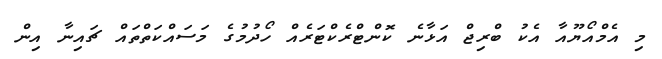
މި އެމްއޯޔޫއާ އެކު ބްރިޖް އަޅާނެ ކޮންޓްރެކްޓަރެއް ހޯދުމުގެ މަސައްކަތްތައް ޗައިނާ އިން